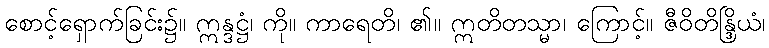
စောင့်ရှောက်ခြင်း၌။ ဣန္ဒဋ္ဌံ၊ ကို။ ကာရေတိ၊ ၏။ ဣတိတသ္မာ၊ ကြောင့်။ ဇီဝိတိန္ဒြိယံ၊